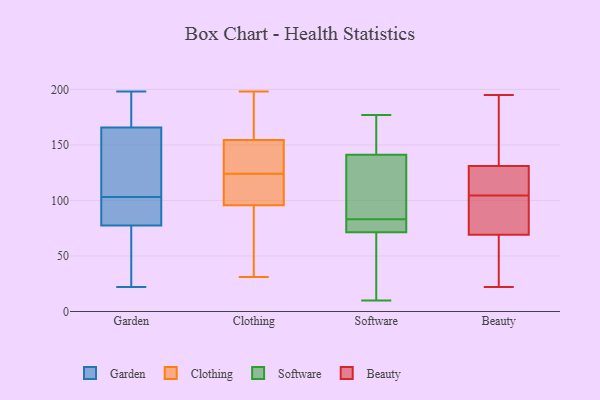
{"axis": {"x": "Waste Production (Tons)", "y": "Value"}, "legend": ["Beauty", "Clothing", "Garden", "Software"], "data": [{"x": "", "y": 192, "type": "Garden"}, {"x": "", "y": 148, "type": "Garden"}, {"x": "", "y": 79, "type": "Garden"}, {"x": "", "y": 22, "type": "Garden"}, {"x": "", "y": 168, "type": "Garden"}, {"x": "", "y": 88, "type": "Garden"}, {"x": "", "y": 103, "type": "Garden"}, {"x": "", "y": 68, "type": "Garden"}, {"x": "", "y": 84, "type": "Garden"}, {"x": "", "y": 174, "type": "Garden"}, {"x": "", "y": 198, "type": "Garden"}, {"x": "", "y": 147, "type": "Garden"}, {"x": "", "y": 159, "type": "Garden"}, {"x": "", "y": 22, "type": "Garden"}, {"x": "", "y": 77, "type": "Garden"}, {"x": "", "y": 116, "type": "Clothing"}, {"x": "", "y": 80, "type": "Clothing"}, {"x": "", "y": 198, "type": "Clothing"}, {"x": "", "y": 142, "type": "Clothing"}, {"x": "", "y": 168, "type": "Clothing"}, {"x": "", "y": 150, "type": "Clothing"}, {"x": "", "y": 74, "type": "Clothing"}, {"x": "", "y": 138, "type": "Clothing"}, {"x": "", "y": 190, "type": "Clothing"}, {"x": "", "y": 169, "type": "Clothing"}, {"x": "", "y": 120, "type": "Clothing"}, {"x": "", "y": 101, "type": "Clothing"}, {"x": "", "y": 31, "type": "Clothing"}, {"x": "", "y": 36, "type": "Clothing"}, {"x": "", "y": 124, "type": "Clothing"}, {"x": "", "y": 141, "type": "Clothing"}, {"x": "", "y": 105, "type": "Clothing"}, {"x": "", "y": 10, "type": "Software"}, {"x": "", "y": 177, "type": "Software"}, {"x": "", "y": 152, "type": "Software"}, {"x": "", "y": 56, "type": "Software"}, {"x": "", "y": 89, "type": "Software"}, {"x": "", "y": 71, "type": "Software"}, {"x": "", "y": 152, "type": "Software"}, {"x": "", "y": 109, "type": "Software"}, {"x": "", "y": 74, "type": "Software"}, {"x": "", "y": 83, "type": "Software"}, {"x": "", "y": 72, "type": "Software"}, {"x": "", "y": 22, "type": "Beauty"}, {"x": "", "y": 58, "type": "Beauty"}, {"x": "", "y": 117, "type": "Beauty"}, {"x": "", "y": 154, "type": "Beauty"}, {"x": "", "y": 131, "type": "Beauty"}, {"x": "", "y": 195, "type": "Beauty"}, {"x": "", "y": 35, "type": "Beauty"}, {"x": "", "y": 187, "type": "Beauty"}, {"x": "", "y": 79, "type": "Beauty"}, {"x": "", "y": 92, "type": "Beauty"}, {"x": "", "y": 131, "type": "Beauty"}, {"x": "", "y": 91, "type": "Beauty"}, {"x": "", "y": 123, "type": "Beauty"}, {"x": "", "y": 69, "type": "Beauty"}]}